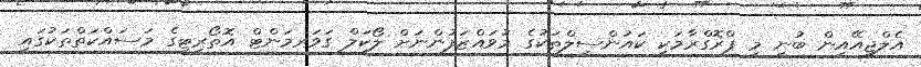
އެލްޖީއޭއިން ބުނީ މި ޕްރޮގްރާމަކީ ކައުންސިލްތަކުގެ މުވައްޒަފުންނަށް ލޯކަލް ގަވަރމަންޓް އޮތޯރިޓީގެ މަސައްކަތްތަކުގައި